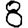
Digit: 8